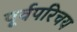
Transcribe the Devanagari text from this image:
पूर्वपरिचय